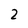
Character: 2